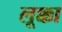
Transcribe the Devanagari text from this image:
लूक्का